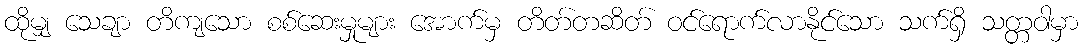
ထိုမျှ သေချာ တိကျသော စစ်ဆေးမှုများ အောက်မှ တိတ်တဆိတ် ဝင်ရောက်လာနိုင်သော သက်ရှိ သတ္တဝါမှာ